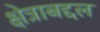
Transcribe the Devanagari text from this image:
क्षेत्राबद्दल